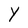
Character: Y